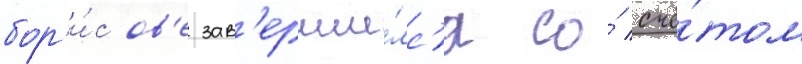
бор'и́сов'е зав'ерши́лс'я со́ счё́том